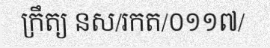
ក្រឹត្យ នស/រកត/០១១៧/